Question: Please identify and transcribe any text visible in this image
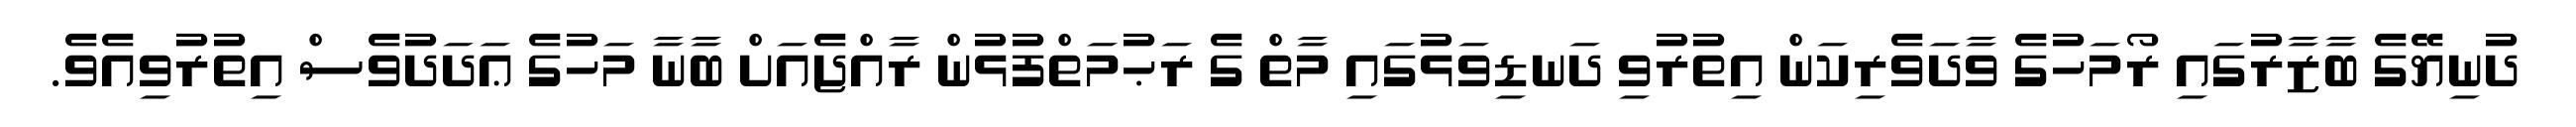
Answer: ދުނިޔޭގެ ބާޒާރުގައި ރޯމަހުގެ ވާދަވެރިކަން އިތުރުވި ދަނޑިވަޅުގައި މާތް ގެ ރަޙުމަތްފުޅުން ރާއްޖެއަށް ބާނާ މަހުގެ ޢަދަދުވެސް އިތުރުވިއެވެ.